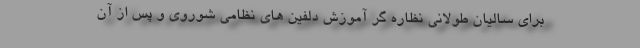
برای سالیان طولانی نظاره گر آموزش دلفین های نظامی شوروی و پس از آن